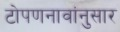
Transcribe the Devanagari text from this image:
टोपणनावांनुसार